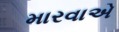
મારવાએ